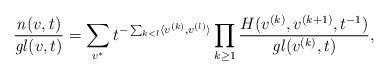
LaTeX: \begin{align*}\frac{\mathit{n}(v,t)} {\mathit{gl}(v,t)} = \sum_{v^*}t^{-\sum_{k<l}\langle v^{(k)}, v^{(l)} \rangle} \prod_{k\ge 1} \frac{H(v^{(k)}, v^{(k+1)}, t^{-1})} {\mathit{gl}(v^{(k)},t)}, \end{align*}